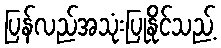
ပြန်လည်အသုံးပြုနိုင်သည့်